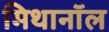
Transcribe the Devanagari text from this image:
मिथानॉल